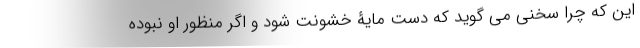
این که چرا سخنی می گوید که دست مایۀ خشونت شود و اگر منظور او نبوده